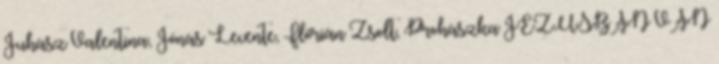
Juhász Valentina, Jónás Levente, Flórián Zsolt, Prohászka JÉZUSBAN VAN